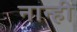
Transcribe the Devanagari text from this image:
नान्ही